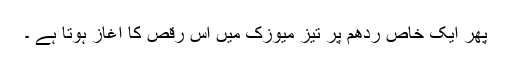
پھر ایک خاص ردھم پر تیز میوزک میں اس رقص کا آغاز ہوتا ہے ۔